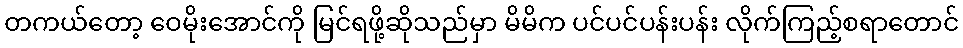
တကယ်တော့ ဝေမိုးအောင်ကို မြင်ရဖို့ဆိုသည်မှာ မိမိက ပင်ပင်ပန်းပန်း လိုက်ကြည့်စရာတောင်